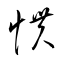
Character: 慣